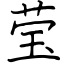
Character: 莹